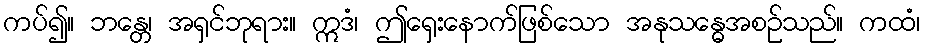
ကပ်၍။ ဘန္တေ၊ အရှင်ဘုရား။ ဣဒံ၊ ဤရှေးနောက်ဖြစ်သော အနုသန္ဓေအစဉ်သည်။ ကထံ၊